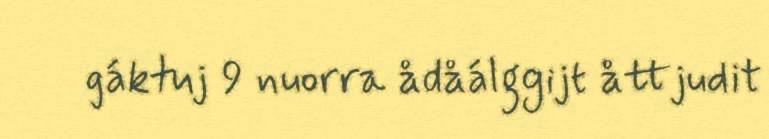
gáktuj 9 nuorra ådåálggijt åttjudit